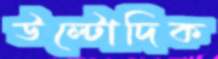
উল্টোদিক